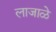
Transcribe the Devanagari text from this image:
लाजाळे